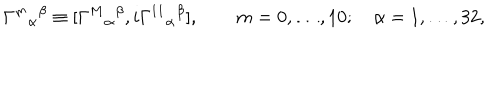
{ \Gamma ^ { m } } _ { \alpha } { } ^ { \beta } \equiv [ { \Gamma ^ { M } } _ { \alpha } { } ^ { \beta } , i { \Gamma ^ { 1 1 } } _ { \alpha } { } ^ { \beta } ] , \qquad m = 0 , \dots , 1 0 ; \quad \alpha = 1 , \dots , 3 2 ,